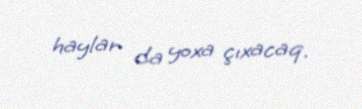
haylar da yoxa çıxacaq.